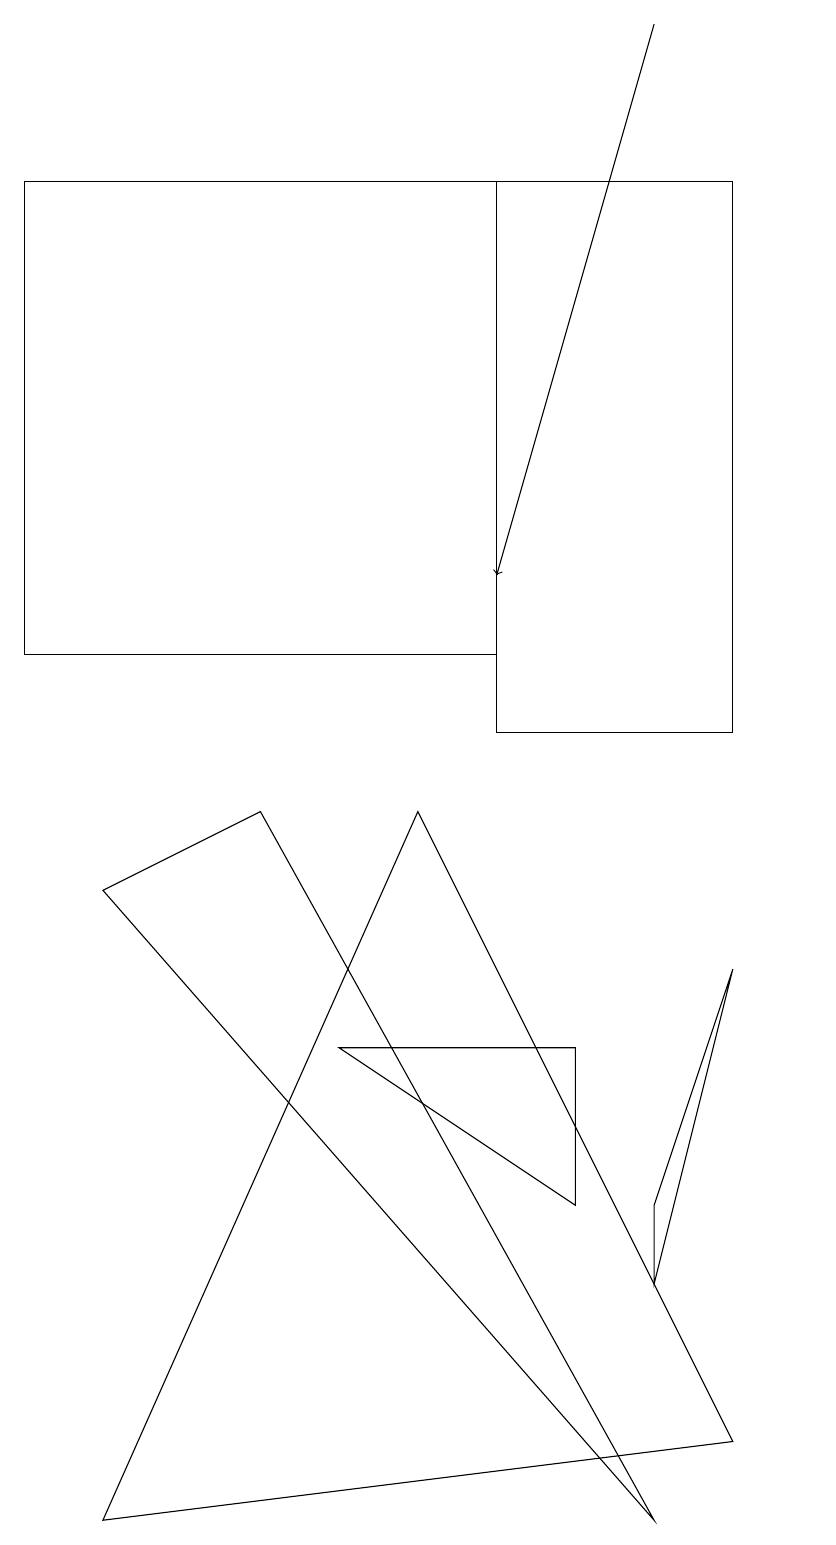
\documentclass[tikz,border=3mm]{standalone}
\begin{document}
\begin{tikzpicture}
\draw[->] (8,19) -- (6,12);
\draw (0,17) rectangle (6,11);
\draw (8,4) -- (9,7) -- (8,3) -- cycle;
\draw (10,10) circle (0);
\draw (7,6) -- (4,6) -- (7,4) -- cycle;
\draw (3,9) -- (8,0) -- (1,8) -- cycle;
\draw (1,0) -- (5,9) -- (9,1) -- cycle;
\draw (9,17) rectangle (6,10);
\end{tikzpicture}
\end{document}